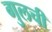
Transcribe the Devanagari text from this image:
गुलची